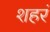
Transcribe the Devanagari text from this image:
शहरं